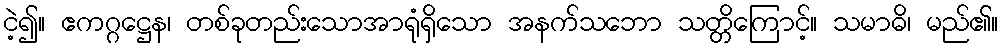
ငဲ့၍။ ဧကဂ္ဂဋ္ဌေန၊ တစ်ခုတည်းသောအာရုံရှိသော အနက်သဘော သတ္တိကြောင့်။ သမာဓိ၊ မည်၏။